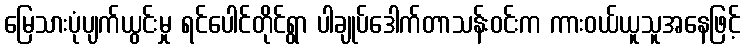
မြေသားပုံပျက်ယွင်းမှု ရင်ပေါင်တိုင်ရွာ ပါချုပ်ဒေါက်တာသန်းဝင်းက ကားဝယ်ယူသူအနေဖြင့်